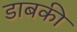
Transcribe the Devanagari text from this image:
डाबकी